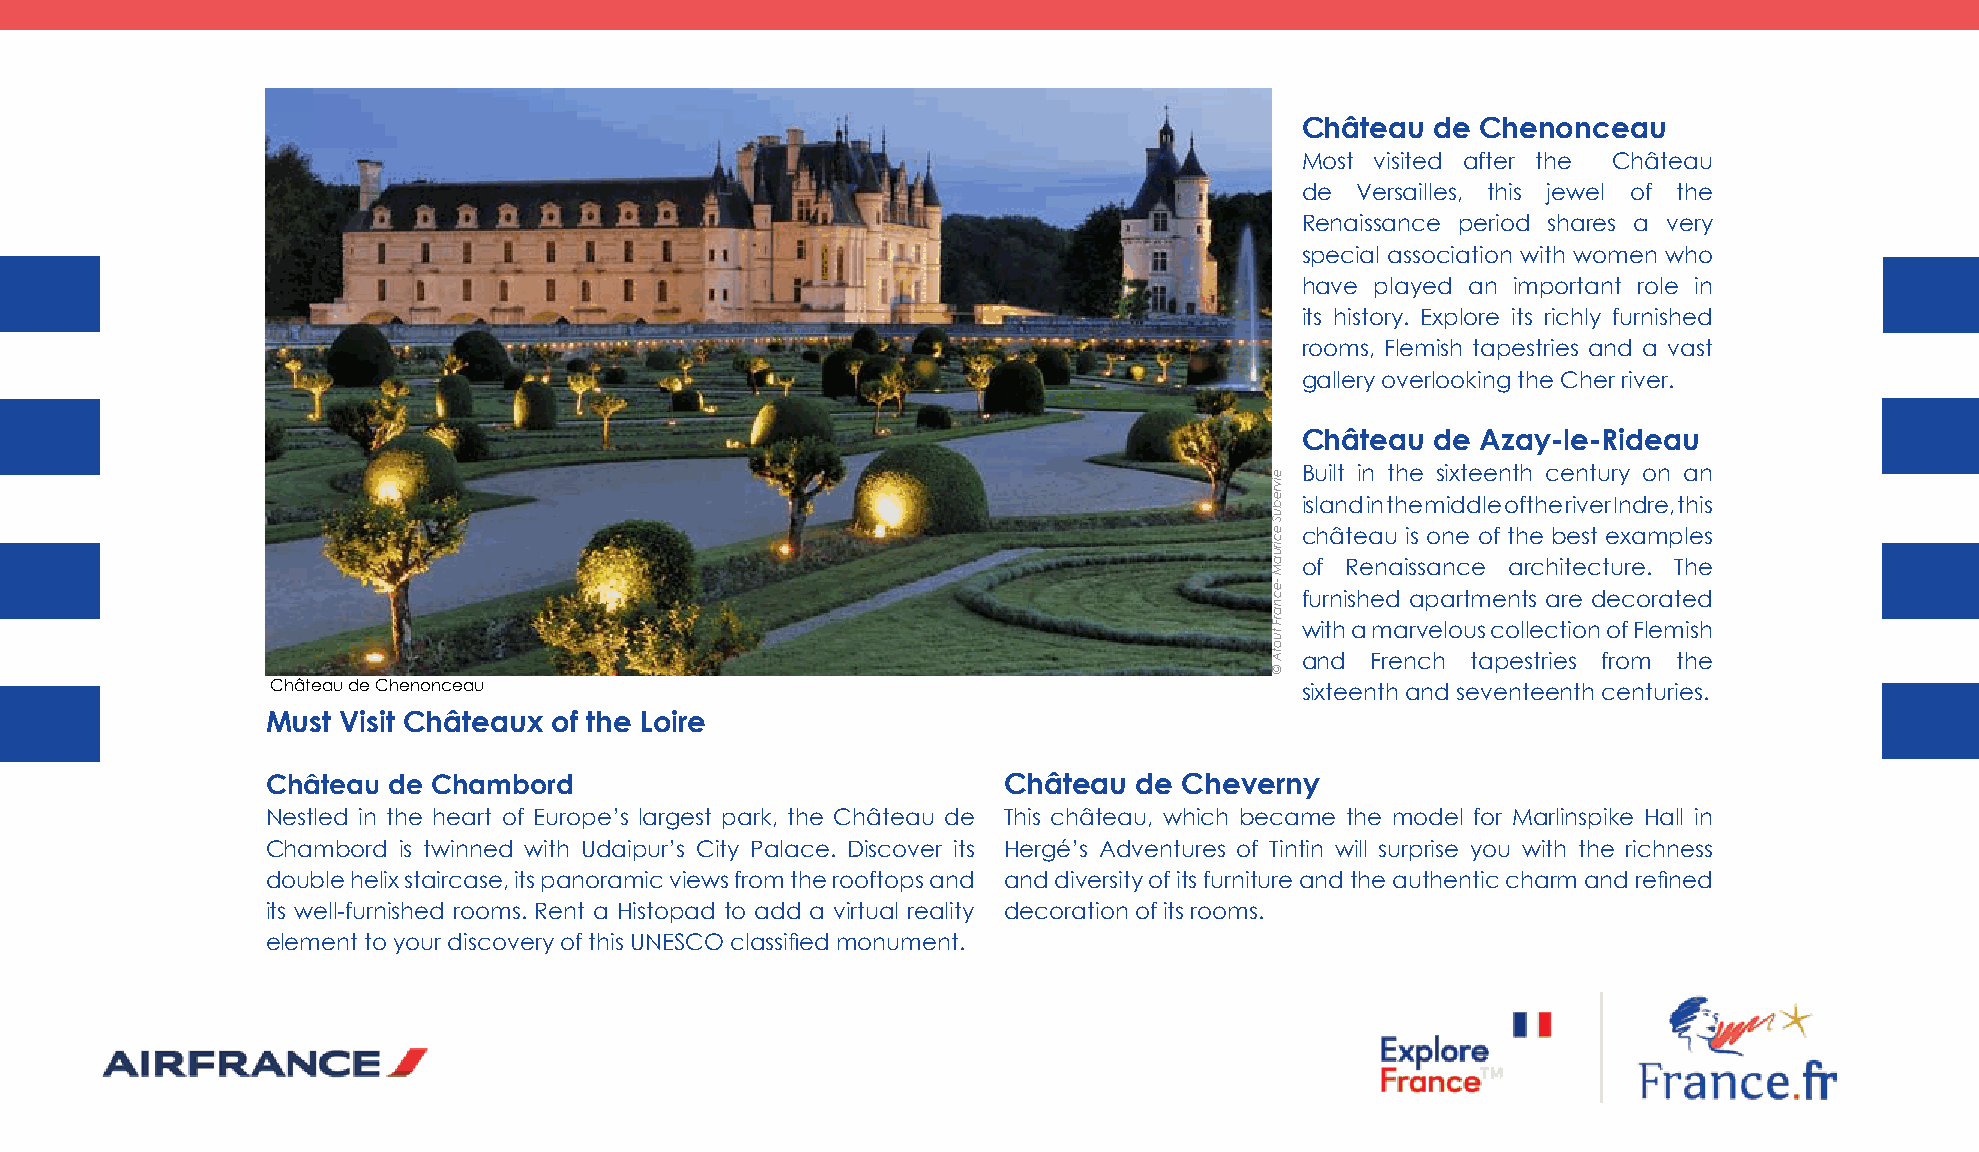
Château  de Chenonceau
 Most visited after the Château
 de  Versailles, this jewel of the
 Renaissance period shares a very
 special association with women who
 have played an important role in
 its history. Explore its richly furnished
 rooms, Flemish tapestries and a vast
 gallery overlooking the Cher river.
 Château  de Azay-le-Rideau
 Built in the sixteenth century on an
 island in the middle of the river Indre, this
 château is one of the best examples
 of Renaissance architecture. The
 furnished apartments are decorated
 with a marvelous collection of Flemish
 and  French tapestries from the
 Château de Chenonceau                                               sixteenth and seventeenth centuries.
 Must Visit Châteaux of the loire
 Château de Chambord                             Château  de Cheverny
 Nestled in the heart of Europe’s largest park, the Château de This château, which became the model for Marlinspike Hall in
 Chambord is twinned with Udaipur’s City Palace. Discover its Hergé’s Adventures of Tintin will surprise you with the richness
 double helix staircase, its panoramic views from the rooftops and and diversity of its furniture and the authentic charm and refined
 its well-furnished rooms. Rent a Histopad to add a virtual reality decoration of its rooms.
 element to your discovery of this UNESCO classified monument.
 eivrebuS
 eciruaM
 -ecnarF
 tuotA
 ©